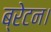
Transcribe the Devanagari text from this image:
ब्रेटन।